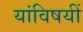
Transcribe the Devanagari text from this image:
यांविषयीं